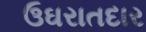
ઉઘરાતદાર